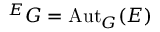
{ } ^ { E } G = \operatorname { A u t } _ { G } ( E )